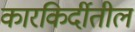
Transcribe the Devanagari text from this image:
कारकिर्दीतील